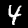
Digit: 4